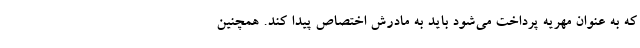
که به عنوان مهریه پرداخت می‌شود باید به مادرش اختصاص پیدا کند. همچنین